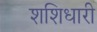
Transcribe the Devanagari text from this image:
शशिधारी